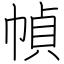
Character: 幀